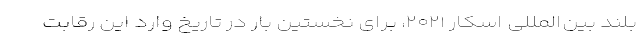
بلند بین‌المللی اسکار ۲۰۲۱، برای نخستین بار در تاریخ وارد این رقابت